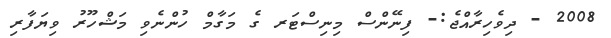
2008 - ދިވެހިރާއްޖެ:- ފިނޭންސް މިނިސްޓަރ ގެ މަގާމް ހުންނެވި މަޝްހޫރު ވިޔަފާރި